Scottish Leaving Certificate Examination, 1952
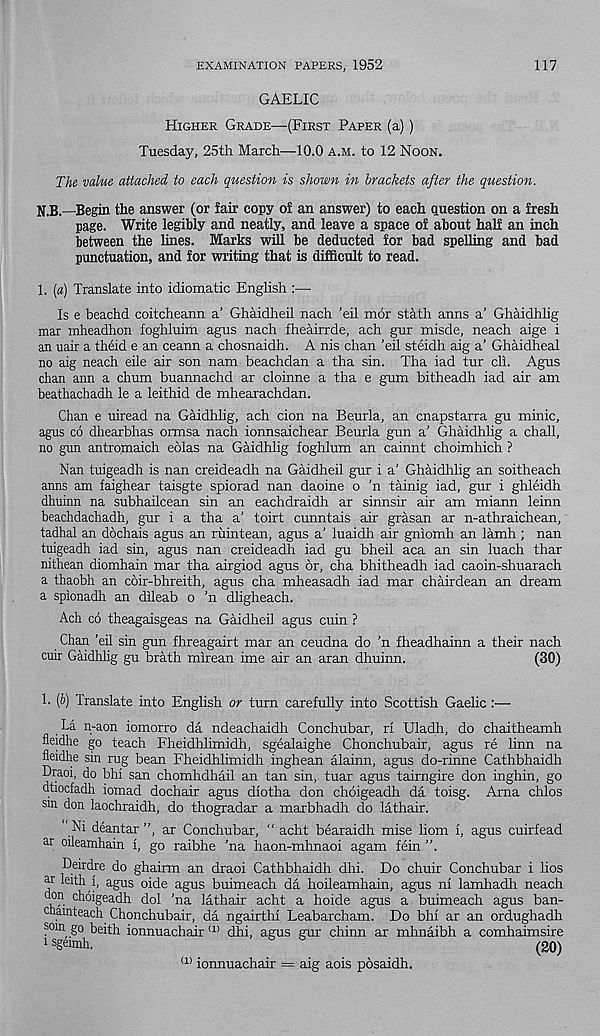
EXAMINATION PAPERS, 1952
117
GAELIC
Higher Grade—(First Paper (a))
Tuesday, 25th March—10.0 a.m. to 12 Noon.
The value attached to each question is shown in brackets after the question.
N.B.—Begin the answer (or fair copy of an answer) to each question on a fresh
page. Write legibly and neatly, and leave a space of about half an inch
between the lines. Marks will be deducted for bad spelling and bad
punctuation, and for writing that is difficult to read.
1. (a) Translate into idiomatic English :—
Is e beachd coitcheann a’ Ghaidheil nach ’eil mor stath anns a’ Ghaidhlig
mar mheadhon foghluim agus nach fheairrde, ach gur misde, neach aige i
an uair a theid e an ceann a chosnaidh. A nis chan 'eil steidh aig a’ Ghaidheal
no aig neach eile air son nam beachdan a tha sin. Tha iad tur cli. Agus
chan ann a chum buannachd ar cloinne a tha e gum bitheadh iad air am
beathachadh le a leithid de mhearachdan.
Chan e uiread na Gaidhlig, ach cion na Beurla, an cnapstarra gu minic,
agus co dhearbhas ormsa nach ionnsaichear Beurla gun a’ Ghaidhlig a chall,
no gun antro.maich eolas na Gaidhlig foghlum an cainnt choimhich ?
Nan tuigeadh is nan creideadh na Gaidheil gur i a' Ghaidhlig an soitheach
anns am faighear taisgte spiorad nan daoine o 'n tainig iad, gur i ghleidh
dhuinn na subhailcean sin an eachdraidh ar sinnsir air am miann leinn
beachdachadh, gur i a tha a’ toirt cunntais air grasan ar n-athraichean,
tadhal an dochais agus an ruintean, agus a’ luaidh air gniomh an lamh ; nan
tuigeadh iad sin, agus nan creideadh iad gu bheil aca an sin luach thar
nithean diomhain mar tha airgiod agus or, cha bhitheadh iad caoin-shuarach
a thaobh an coir-bhreith, agus cha mheasadh iad mar chairdean an dream
a spionadh an dileab o ’n dligheach.
Ach co theagaisgeas na Gaidheil agus cuin ?
Chan ’eil sin gun fhreagairt mar an ceudna do ’n fheadhainn a their nach
cuir Gaidhlig gu brath mirean ime air an aran dhuinn.
(30)
1. {b) Translate into English or turn carefully into Scottish Gaelic :—
La n-aon iomorro da ndeachaidh Conchubar, ri Uladh, do chaitheamh
fleidhe go teach Fheidhlimidh, sgealaighe Chonchubair, agus re linn na
fleidhe sin rug bean Fheidhlimidh inghean alainn, agus do-rinne Cathbhaidh
Draoi, do bhi san chomhdhail an tan sin, tuar agus tairngire don inghin, go
dtiocfadh iomad dochair agus diotha don choigeadh da toisg. Arna chlos
sin don laochraidh, do thogradar a marbhadh do lathair.
Ni deantar ”, ar Conchubar, “ acht bearaidh mise Horn i, agus cuirfead
ar oileamhain i, go raibhe ’na haon-mhnaoi agam fein ”,
Deirdre do ghairm an draoi Cathbhaidh dhi. Do chuir Conchubar i lios
ar leith i, agus oide agus buimeach da hoileamhain, agus nl lamhadh neach
non choigeadh dol ’na lathair acht a hoide agus a buimeach agus ban-
chainteach. Chonchubair, da ngairthi Leabarcham. Do bhi ar an ordughadh
som go beith ionnuachair a> dhi, agus gur chinn ar mhnaibh a comhaimsire
1 sgeimh.
(20)
(1) ionnuachair = aig aois posaidh.